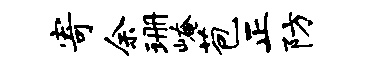
寄余珊崦苞正防